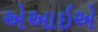
એઆઇએ